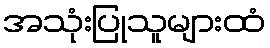
အသုံးပြုသူများထံ